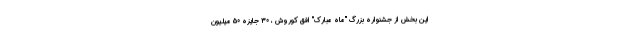
این بخش از جشنواره بزرگ "ماه مبارک" افق کوروش ، 30 جایزه 50 میلیون